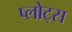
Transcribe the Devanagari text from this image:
प्लोट्स